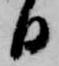
日